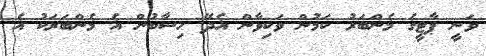
ވަނީ ޕާޓީގެ މެންބަރު ކަމުން ވަކިވާން އެދޭ ހިސާބުން އެ މެންބަރަކު އެ